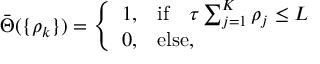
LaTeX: \bar { \Theta } ( \{ \rho _ { k } \} ) = \left\{ \begin{array} { l l } { { 1 , } } & { { \mathrm { i f } \quad \tau \sum _ { j = 1 } ^ { K } \rho _ { j } \le L } } \\ { { 0 , } } & { { \mathrm { e l s e } , } } \end{array} \right.